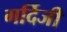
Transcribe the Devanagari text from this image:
गर्दिजी